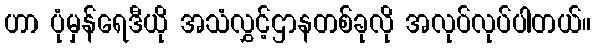
ဟာ ပုံမှန်ရေဒီယို အသံလွှင့်ဌာနတစ်ခုလို အလုပ်လုပ်ပါတယ်။